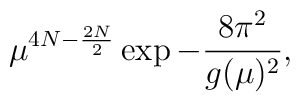
\mu^{4N-\frac {2N}{2}} \exp - \frac {8 \pi^2}{g(\mu)^2},